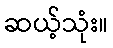
ဆယ့်သုံး။